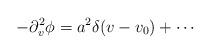
\begin{align*}- \partial_v^2 \phi = a^2 \delta (v - v_0) + \cdots\end{align*}